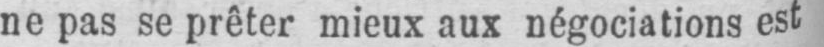
ne pas se prêter mieux aux négociations est